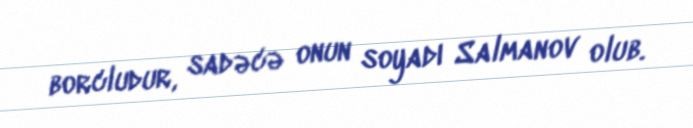
borcludur, sadəcə onun soyadı Salmanov olub.